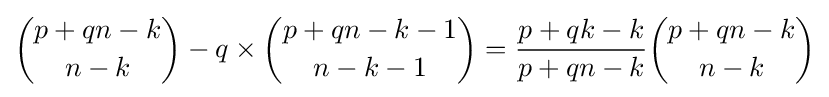
{\binom {p+qn-k}{n-k}}-q\times {\binom {p+qn-k-1}{n-k-1}}={\frac {p+qk-k}{p+qn-k}}{\binom {p+qn-k}{n-k}}